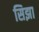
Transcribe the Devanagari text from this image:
सिझा